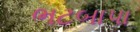
ભટબાપા